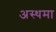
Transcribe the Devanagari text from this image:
अस्‍थमा